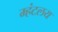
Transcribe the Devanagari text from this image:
म्हंटलय